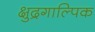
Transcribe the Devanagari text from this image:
क्षुद्रगाल्पिक